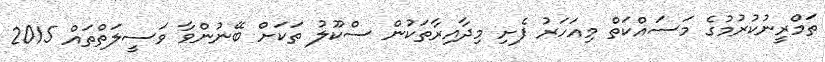
ތަމްރީނުކުރުމުގެ މަސައްކަތް މިއަހަރު ފެށި މިދާއިރާތަކުން ސްކޫލު ތަކަށް ބޭނުންވާ ވަސީލަތްތައް 2015